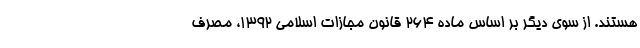
هستند. از سوی دیگر بر اساس ماده ۲۶۴ قانون مجازات اسلامی ۱۳۹۲، مصرف